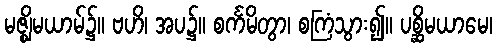
မဇ္ဈိမယာမ်၌။ ဗဟိ၊ အပ၌။ စင်္ကမိတွာ၊ စကြံသွား၍။ ပစ္ဆိမယာမေ၊